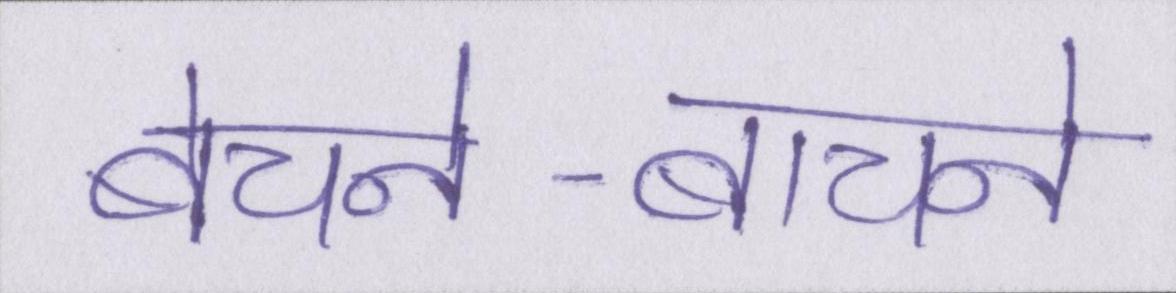
बेचने-बाचने